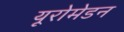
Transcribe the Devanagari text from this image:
यूरोमेडन